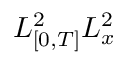
L _ { [ 0 , T ] } ^ { 2 } L _ { x } ^ { 2 }